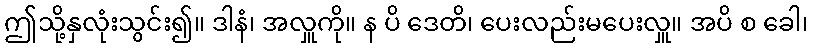
ဤသို့နှလုံးသွင်း၍။ ဒါနံ၊ အလှူကို။ န ပိ ဒေတိ၊ ပေးလည်းမပေးလှူ။ အပိ စ ခေါ၊